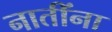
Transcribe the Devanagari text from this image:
नातींना